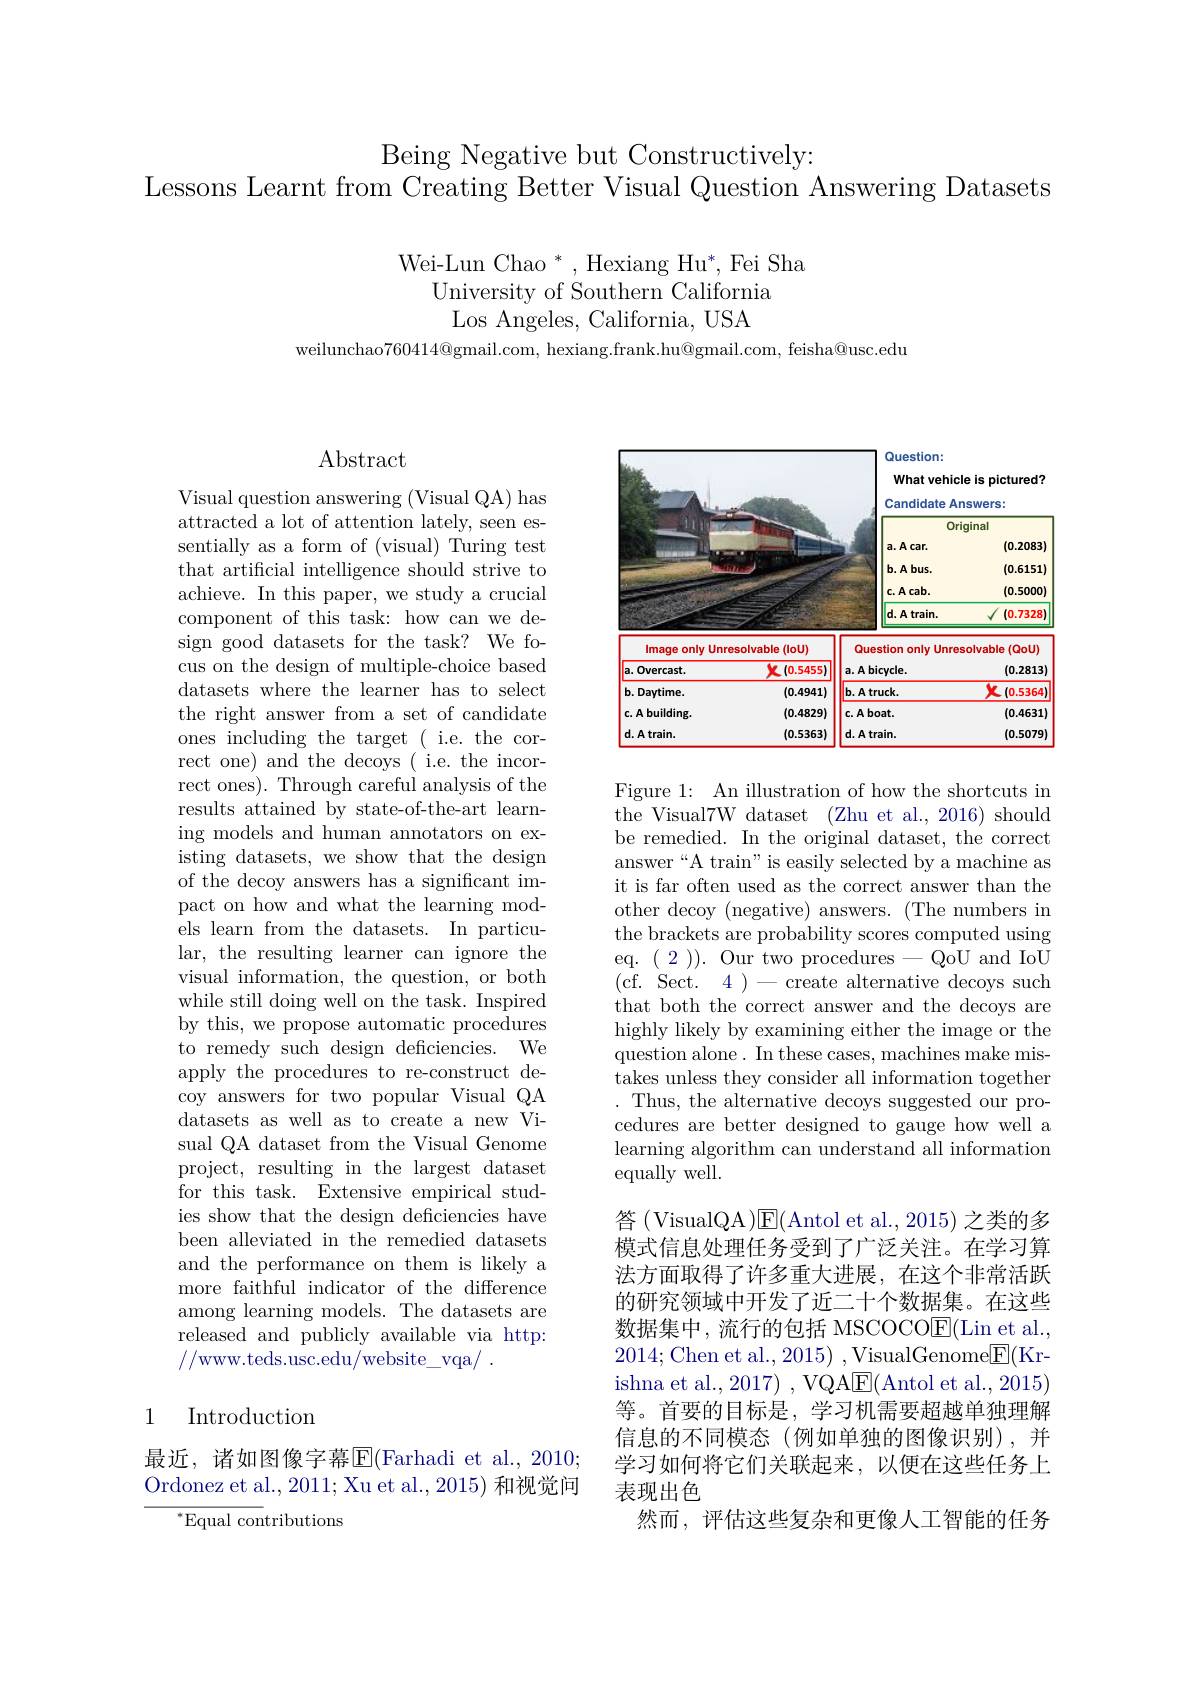
Being Negative but Constructively:
Lessons Learnt from Creating Better Visual Question Answering Datasets

Wei-Lun Chao $^*$,Hexiang Hu$^*$,Fei Sha
University of Southern California
Los Angeles, California, USA

weilunchao$760414@$gmail.com, hexiang.frank.hu@gmail.com, feisha@usc.edu

## $\operatorname{Abstract}$

Visual question answering (Visual QA) has attracted a lot of attention lately, seen essentially as a form of (visual) Turing test that artificial intelligence should strive to achieve. In this paper, we study a crucial component of this task: how can we design good datasets for the task? We focus on the design of multiple-choice based datasets where the learner has to select the right answer from a set of candidate ones including the target ( i.e. the correct one) and the decoys ( i.e. the incorrect ones). Through careful analysis of the results attained by state-of-the-art learning models and human annotators on existing datasets, we show that the design of the decoy answers has a significant impact on how and what the learning models learn from the datasets. In particular, the resulting learner can ignore the visual information, the question, or both while still doing well on the task. Inspired by this, we propose automatic procedures to remedy such design deficiencies. We apply the procedures to re-construct decoy answers for two popular Visual QA datasets as well as to create a new Visual QA dataset from the Visual Genome project, resulting in the largest dataset for this task. Extensive empirical studies show that the design deficiencies have been alleviated in the remedied datasets and the performance on them is likely a more faithful indicator of the difference among learning models. The datasets are released and publicly available via http: //www.teds.usc.edu/website\_vqa/.

# 1 Introduction

最近，诸如图像字幕$\overline{\mathrm{E}}($Farhadi et al., 2010; Ordonez et al., 2011; Xu et al., 2015) 和视觉问

$^*$Equal contributions

<table>
	<tbody>
		<tr>
			<td rowspan="3"> </td>
			<td> </td>
			<td>Question: What vehic Candidate Ar</td>
			<td>le is pictured? nswers:</td>
		</tr>
		<tr>
			<td> </td>
			<td>Question: What vehic</td>
			<td>le is pictured?</td>
		</tr>
		<tr>
			<td> </td>
			<td colspan="2">duestion: What vehicle is pictured? Candidate Answers: Original</td>
		</tr>
		<tr>
			<td> </td>
			<td> </td>
			<td>$\mathbf{a}.\mathbf{A}$car</td>
			<td>(0.2083)</td>
		</tr>
		<tr>
			<td> </td>
			<td> </td>
			<td>b. A bus.</td>
			<td>(0.6151)</td>
		</tr>
		<tr>
			<td> </td>
			<td> </td>
			<td>$\mathbf{c}.A$ cab.</td>
			<td>(0.5000)</td>
		</tr>
		<tr>
			<td> </td>
			<td> </td>
			<td>d.Atrain.</td>
			<td>(0.7328)</td>
		</tr>
		<tr>
			<td>Image only Unr </td>
			<td>esolvable $(loU)$ ,</td>
			<td>Question only Unre</td>
			<td>solvable (Qou)</td>
		</tr>
		<tr>
			<td>$a.c$ Overcast.</td>
			<td>X (0.5455)</td>
			<td>a. A bicycle.</td>
			<td>(0.2813)</td>
		</tr>
		<tr>
			<td>b. Daytime.</td>
			<td>(0.4941)</td>
			<td>b. A truck.</td>
			<td>X (0.5364</td>
		</tr>
		<tr>
			<td>c. A building.</td>
			<td>(0.4829)</td>
			<td>$\mathbf{c.Aboat.}$</td>
			<td>(0.4631)</td>
		</tr>
		<tr>
			<td>d.Atrain.</td>
			<td>(0.5363)</td>
			<td>d.Atrain.</td>
			<td>(0.5079)</td>
		</tr>
	</tbody>
</table>

Figure 1: An illustration of how the shortcuts in the Visual7W dataset (Zhu et al., 2016) should be remedied. In the original dataset, the correct answer“A train” is easily selected by a machine as it is far often used as the correct answer than the other decoy (negative) answers. (The numbers in the brackets are probability scores computed using eq. (2)). Our two procedures-QoU and IoU (cf. Sect. 4)-create alternative decoys such that both the correct answer and the decoys are highly likely by examining either the image or the question alone. In these cases, machines make mistakes unless they consider all information together .Thus, the alternative decoys suggested our procedures are better designed to gauge how well a learning algorithm can understand all information equally well.

答 (VisualQA )$\overline {E}$( Antol et al. , 2015) 之类的多模式信息处理任务受到了广泛关注。在学习算法方面取得了许多重大进展，在这个非常活跃的研究领域中开发了近二十个数据集。在这些数据集中，流行的包括 MSCOCO$\underline{\mathrm{E}}($Lin et al. 2014;Chen et al.,2015),VisualGenome$\underline{\mathrm{F}}($Krishna et al., 2017) , VQA$\underline{\mathrm{E}}($Antol et al., 2015) 等。首要的目标是，学习机需要超越单独理解信息的不同模态(例如单独的图像识别),并学习如何将它们关联起来，以便在这些任务上表现出色
然而，评估这些复杂和更像人工智能的任务